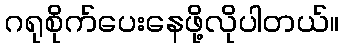
ဂရုစိုက်ပေးနေဖို့လိုပါတယ်။